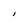
Character: I